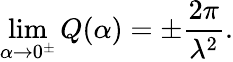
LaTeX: \operatorname*{lim}_{\alpha\rightarrow 0^{\pm}}Q(\alpha)=\pm\frac{2\pi}{\lambda^{2}}.